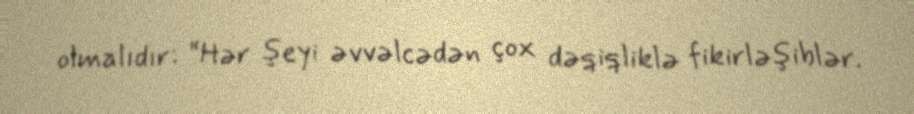
olmalıdır: “Hər şeyi əvvəlcədən çox dəqiqliklə fikirləşiblər.